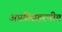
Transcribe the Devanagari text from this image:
अप्रतिसंहरणीय